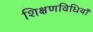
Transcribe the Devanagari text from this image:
शिक्षणविधियाँ